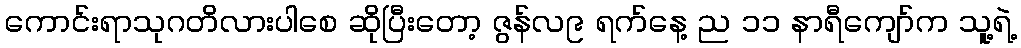
ကောင်းရာသုဂတိလားပါစေ ဆိုပြီးတော့ ဇွန်လ၉ ရက်နေ့ ည ၁၁ နာရီကျော်က သူ့ရဲ့